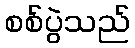
စစ်ပွဲသည်